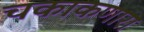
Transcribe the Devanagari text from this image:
चकाकणारा